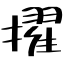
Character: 擢